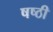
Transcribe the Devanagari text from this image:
षष्‍ठी